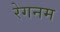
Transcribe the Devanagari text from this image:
रेगनम